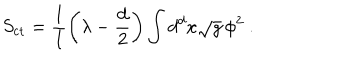
S _ { \mathrm { c t } } = \frac 1 l \left( \lambda - \frac { d } 2 \right) \int d ^ { d } x \sqrt { g } \, \phi ^ { 2 } ~ .